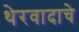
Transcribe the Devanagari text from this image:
थेरवादाचे